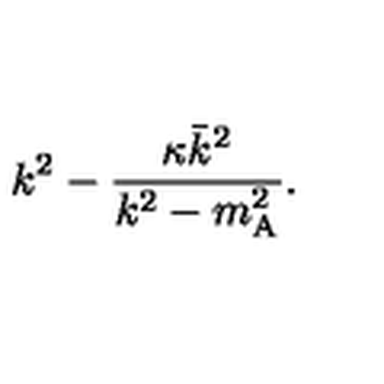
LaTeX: k ^ { 2 } - \frac { \kappa \bar { k } ^ { 2 } } { k ^ { 2 } - m _ { \mathrm { A } } ^ { 2 } } .